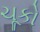
ચૂકો